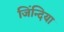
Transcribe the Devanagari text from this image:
जिंन्दिया